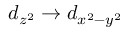
d _ { z ^ { 2 } } \rightarrow d _ { x ^ { 2 } - y ^ { 2 } }